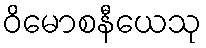
ဝိမောစနီယေသု